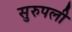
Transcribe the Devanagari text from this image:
सुरुपली